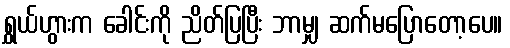
ရွှယ်ဟွားက ခေါင်းကို ညိတ်ပြပြီး ဘာမျှ ဆက်မပြောတော့ပေ။